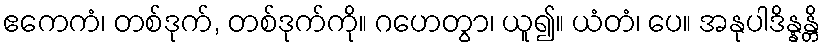
ဧကေကံ၊ တစ်ဒုက်, တစ်ဒုက်ကို။ ဂဟေတွာ၊ ယူ၍။ ယံတံ၊ ပေ။ အနုပါဒိန္နန္တိ